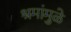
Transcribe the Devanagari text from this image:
श्रमांमुळे